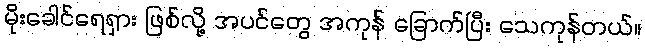
မိုးခေါင်ရေရှား ဖြစ်လို့ အပင်တွေ အကုန် ခြောက်ပြီး သေကုန်တယ်။